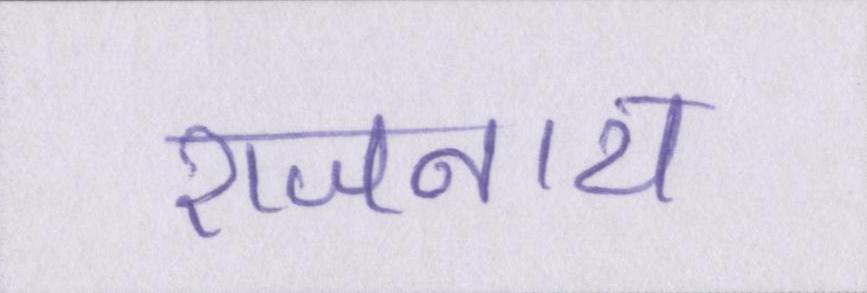
राजनाथ